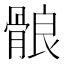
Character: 䯖